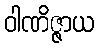
ဝါဏိဇ္ဇာယ